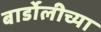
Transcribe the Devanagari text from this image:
बार्डोलीच्या